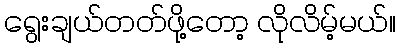
ရွေးချယ်တတ်ဖို့တော့ လိုလိမ့်မယ်။